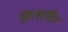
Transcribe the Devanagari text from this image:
पुनःब्रांडिंग